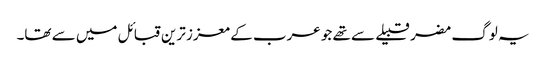
یہ لوگ مضر قبیلے سے تھے جو عرب کے معزز ترین قبائل میں سے تھا۔